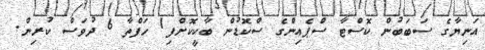
އަނިޔާގެ ސަބަބުން ކޮސްޓާ ސްޕެއިންގެ ސްކޮޑުން ބާކީކޮށްފި1 ހަފްތާ 6 ދުވަސް ކުރިން.